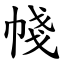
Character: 帴